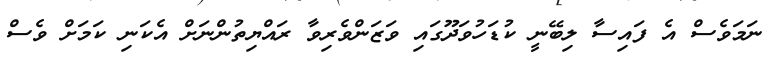
ނަމަވެސް އެ ފައިސާ ލިބޭނީ ކުޑަހުވަދޫގައި ވަޒަންވެރިވާ ރައްޔިތުންނަށް އެކަނި ކަމަށް ވެސް